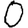
Digit: 0